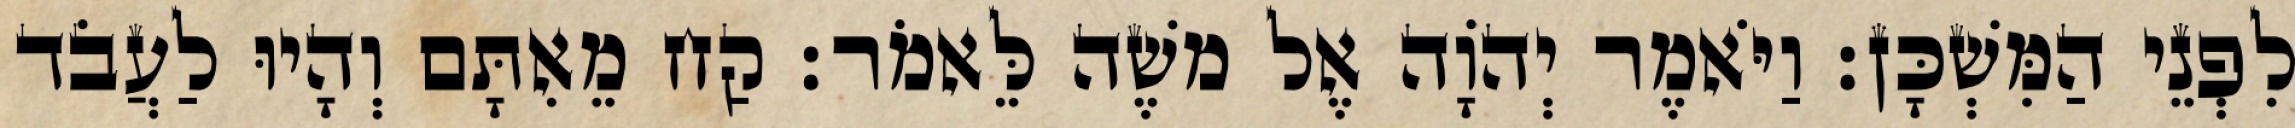
לִפְנֵי הַמִּשְׁכָּן׃ וַיֹּאמֶר יְהוָֹה אֶל משֶׁה לֵּאמֹר׃ קַח מֵאִתָּם וְהָיוּ לַעֲבֹד